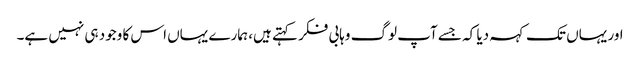
اور یہاں تک کہہ دیا کہ جسے آپ لوگ وہابی فکر کہتے ہیں، ہمارے یہاں اس کا وجود ہی نہیں ہے۔